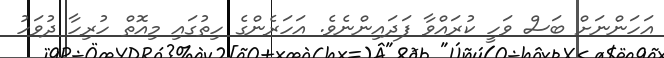
އަހަންނަށް ބަސް ވަހީ ކުރައްވާ ފަދައިންނެވެ. އަހަރެންގެ ހިތުގައި މިއޮތް ހުރިހާ ދުވަހު